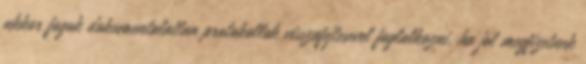
akkor fogok dokumentalatlan protokollok visszafejtesevel foglalkozni, ha jol megfizetnek